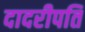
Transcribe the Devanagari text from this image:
दादरीपति